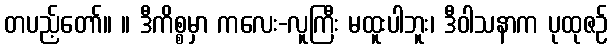
တပည့်တော်။ ။ ဒီကိစ္စမှာ ကလေး-လူကြီး မထူးပါဘူး၊ ဒီဝါသနာက ပုထုဇဉ်